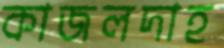
কাজলদাহ